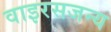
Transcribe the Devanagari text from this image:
वाइरसजन्य